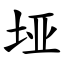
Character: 垭